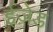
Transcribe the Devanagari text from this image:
ईज़ेड